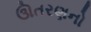
ઊતરણનો